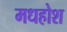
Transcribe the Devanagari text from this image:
मधहोश